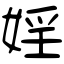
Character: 婬